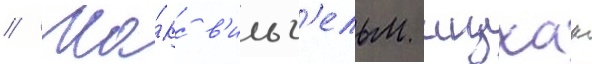
// Ма́кс в'ильг'ельм ицхак